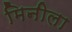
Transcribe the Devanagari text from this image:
मिनीला